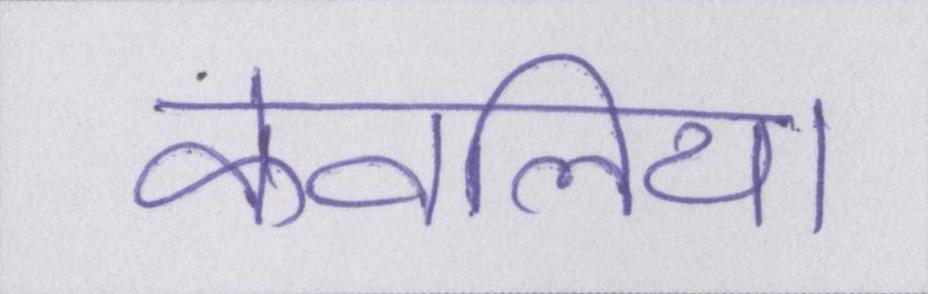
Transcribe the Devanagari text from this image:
केवलिया